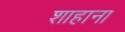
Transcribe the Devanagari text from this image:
शाहाना